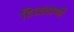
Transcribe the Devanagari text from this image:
दिव्यवाणी